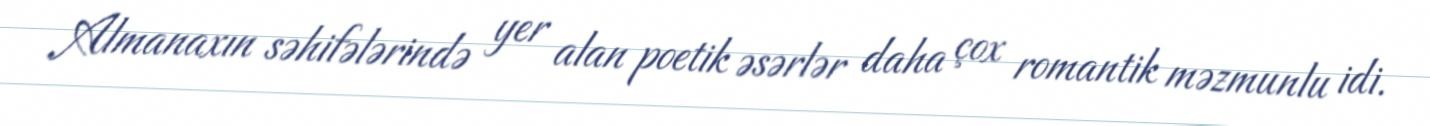
Almanaxın səhifələrində yer alan poetik əsərlər daha çox romantik məzmunlu idi.